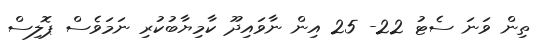
ތިން ވަނަ ސެޓު 22- 25 އިން ނާވައިދޫ ކާމިޔާބުކުރި ނަމަވެސް ޕޮލިސް